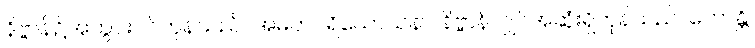
နိဗ္ဗာန်၌အတွင်းဝင်ကုန်သည်။ အမတပရိယောသနာ၊ နိဗ္ဗာန်လျှင်အဆုံးရှိကုန်သည်။ ဟောန္တိ၊